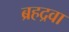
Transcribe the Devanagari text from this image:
ब्रहद्रवा